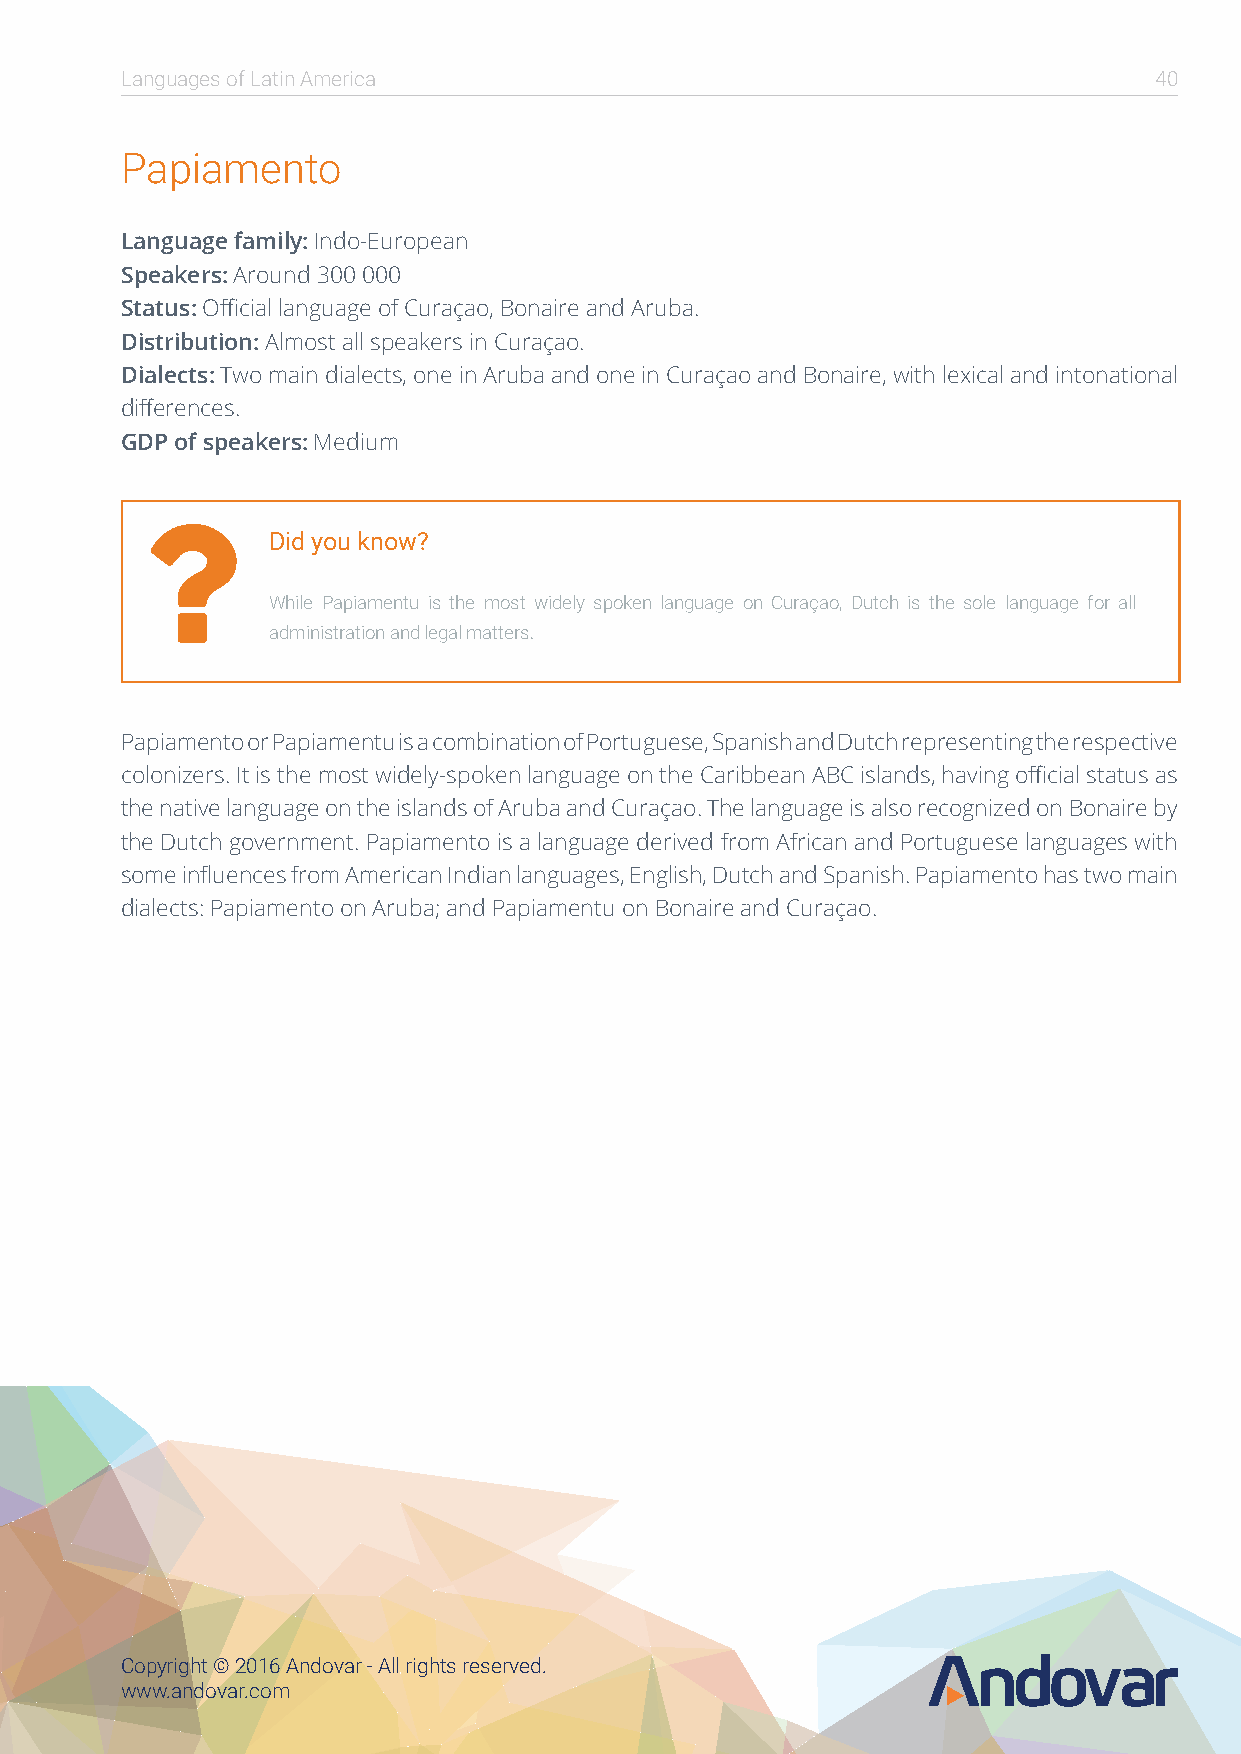
Languages of Latin America                                          40
 Papiamento
 Language family: Indo-European
 Speakers: Around 300 000
 Status: Official language of Curaçao, Bonaire and Aruba.
 Distribution: Almost all speakers in Curaçao.
 Dialects: Two main dialects, one in Aruba and one in Curaçao and Bonaire, with lexical and intonational
 differences.
 GDP of speakers: Medium
 
 Did you know?
 While Papiamentu is the most widely spoken language on Curaçao, Dutch is the sole language for all
 administration and legal matters.
 Papiamento or Papiamentu is a combination of Portuguese, Spanish and Dutch representing the respective
 colonizers. It is the most widely-spoken language on the Caribbean ABC islands, having official status as
 the native language on the islands of Aruba and Curaçao. The language is also recognized on Bonaire by
 the Dutch government. Papiamento is a language derived from African and Portuguese languages with
 some influences from American Indian languages, English, Dutch and Spanish. Papiamento has two main
 dialects: Papiamento on Aruba; and Papiamentu on Bonaire and Curaçao.
 Copyright © 2016 Andovar - All rights reserved.
 www.andovar.com